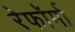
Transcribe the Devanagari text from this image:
रेफॉर्मा